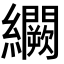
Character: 𬘒